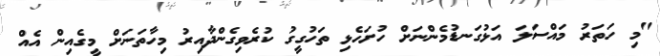
"މި ހަތަރު މައްސަލަ އަޅުގަނޑުމެންނަށް ހުށަހެޅި ތަހުގީގު ކުރެވިގެންދާއިރު މިހާތަނަށް މީގެއިން އެއް